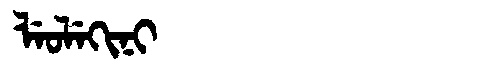
Manchu: ᠯᡝᠣᠯᡝᡴᡳᠨᡳ
Romanization: LEOLEKINI